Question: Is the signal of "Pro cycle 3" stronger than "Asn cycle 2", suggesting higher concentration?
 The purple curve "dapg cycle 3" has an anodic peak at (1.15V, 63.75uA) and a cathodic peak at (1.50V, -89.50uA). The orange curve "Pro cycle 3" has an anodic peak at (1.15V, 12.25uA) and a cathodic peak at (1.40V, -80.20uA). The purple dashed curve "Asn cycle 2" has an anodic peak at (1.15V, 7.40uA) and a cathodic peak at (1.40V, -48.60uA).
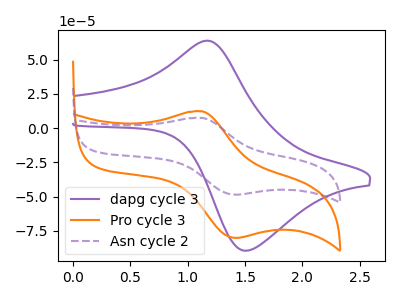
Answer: <think>All the peaks in "Pro cycle 3" have a peak in "Asn cycle 2" at the same potential. Every peak in "Pro cycle 3" is higher than every peak in "Asn cycle 2".
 </think>
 <answer>"Pro cycle 3" has more signal than "Asn cycle 2" and so likely has a higher concentration.</answer>
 <eval>more_concentration</eval>